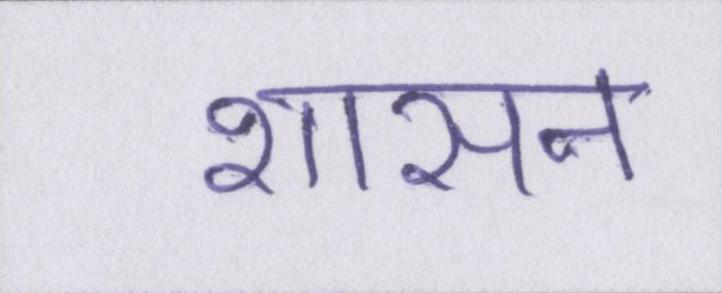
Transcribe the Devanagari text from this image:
शासन